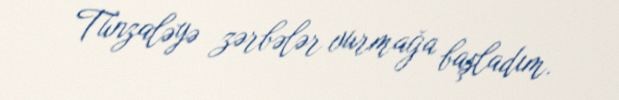
Tünzaləyə zərbələr vurmağa başladım.